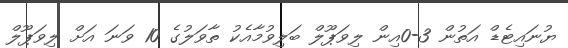
ޔުނައިޓެޑް އަތުން 3-0އިން ލިވަޕޫލް ބަލިވުމާއެކު ތާވަލުގެ 10 ވަނަ އަށް ލިވަޕޫލް